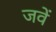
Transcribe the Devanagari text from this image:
जवें